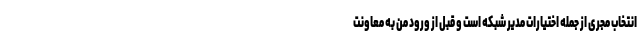
انتخاب مجری از جمله اختیارات مدیر شبکه است و قبل از ورود من به معاونت